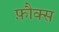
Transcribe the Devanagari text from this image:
फ़ौक्स